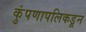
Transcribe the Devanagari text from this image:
कुंपणापलिकडून